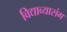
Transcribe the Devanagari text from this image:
विद्याव्यासंग